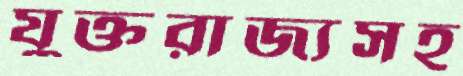
যুক্তরাজ্যসহ